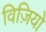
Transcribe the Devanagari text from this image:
विज़ियो